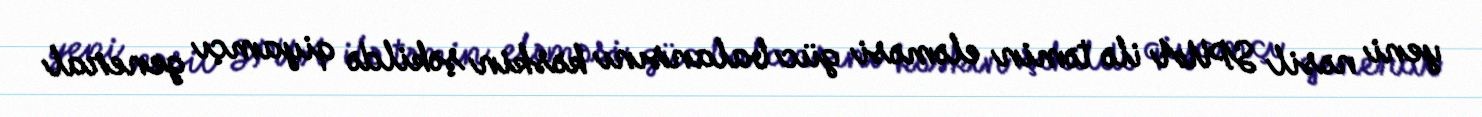
yeni nəsil SPUA ilə təmin eləməsi güc balansını kəskin şəkildə qiyamçı general